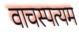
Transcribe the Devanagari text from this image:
वाचस्पत्यम